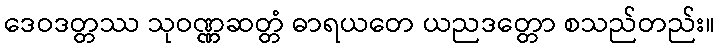
ဒေဝဒတ္တဿ သုဝဏ္ဏဆတ္တံ ဓာရယတေ ယညဒတ္တော စသည်တည်း။